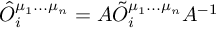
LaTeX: { \hat { O } } _ { i } ^ { \mu _ { 1 } . . . \mu _ { n } } = A { \tilde { O } } _ { i } ^ { \mu _ { 1 } . . . \mu _ { n } } A ^ { - 1 }